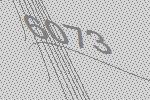
6073